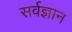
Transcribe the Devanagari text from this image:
सर्वज्ञान